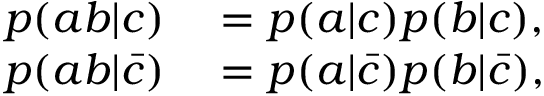
\begin{array} { r l } { p ( a b | c ) } & { { } = p ( a | c ) p ( b | c ) , } \\ { p ( a b | \bar { c } ) } & { { } = p ( a | \bar { c } ) p ( b | \bar { c } ) , } \end{array}